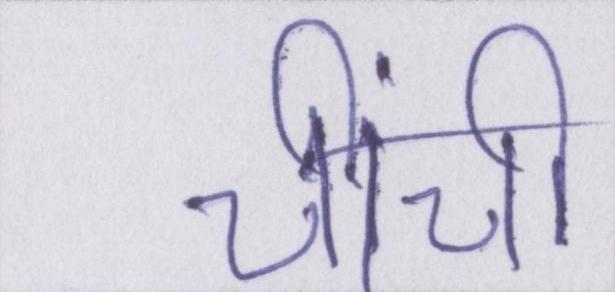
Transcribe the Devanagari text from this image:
चींची